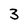
Character: 3